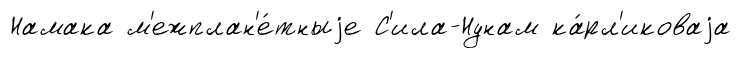
Намака м'ежплан'е́тныjе С'ила-Нунам ка́рл'иковаjа